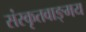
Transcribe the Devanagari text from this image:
संस्कृतवाङ्‌मय